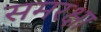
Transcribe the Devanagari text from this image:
समरक्षा